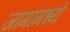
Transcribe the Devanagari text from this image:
जांगामध्ये